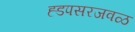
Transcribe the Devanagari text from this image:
ह्डपसरजवळ